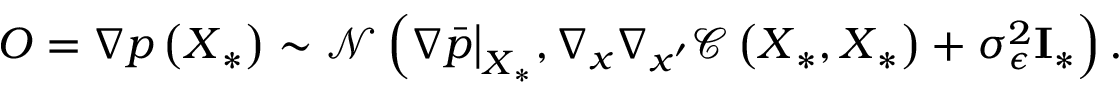
\boldsymbol { O } = \nabla p \left( \boldsymbol { X } _ { * } \right) \sim \mathcal { N } \left( \nabla \bar { p } \big | _ { \boldsymbol { X } _ { * } } , \nabla _ { \boldsymbol { x } } \nabla _ { \boldsymbol { x } ^ { \prime } } \mathcal { C } \left( \boldsymbol { X } _ { * } , \boldsymbol { X } _ { * } \right) + \sigma _ { \epsilon } ^ { 2 } \mathbf { I } _ { * } \right) .